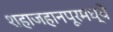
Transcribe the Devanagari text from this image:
शहाजहानपूरमध्ये